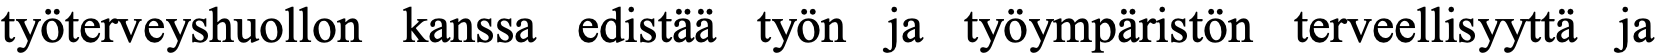
työterveyshuollon kanssa edistää työn ja työympäristön terveellisyyttä ja